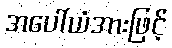
အပေါ်ယံအားဖြင့်